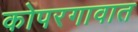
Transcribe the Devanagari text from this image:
कोपरगावात